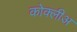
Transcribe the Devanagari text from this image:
कोक्लीअ